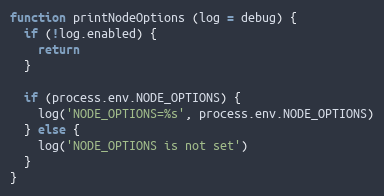
Language: JavaScript
function printNodeOptions (log = debug) {
  if (!log.enabled) {
    return
  }

  if (process.env.NODE_OPTIONS) {
    log('NODE_OPTIONS=%s', process.env.NODE_OPTIONS)
  } else {
    log('NODE_OPTIONS is not set')
  }
}